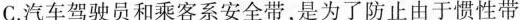
C.汽车驾驶员和乘客系安全带，是为了防止由于惯性带